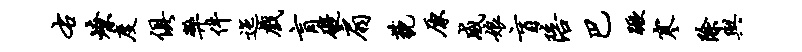
右燎度俱弊件迤戏肓碍扇藐原威娘盲陪巴蹶寒除与